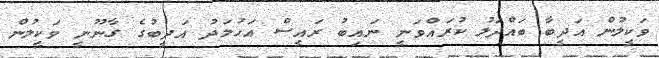
ވަކީލުން އަދީބާ ބައްދަލު ކުރައްވަނީ ނައިބު ރައީސް އަހުމަދު އަދީބުގެ ގާނޫނީ ވަކީލުން